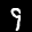
Label: 9